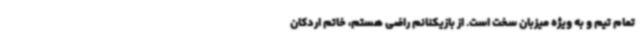
تمام تیم و به ویژه میزبان سخت است. از بازیکنانم راضی هستم، خاتم اردکان